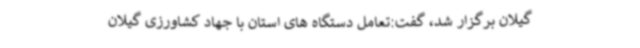
گیلان برگزار شد، گفت:تعامل دستگاه های استان با جهاد کشاورزی گیلان